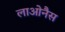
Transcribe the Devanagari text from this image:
लाओनैस